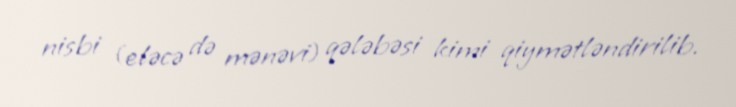
nisbi (eləcə də mənəvi) qələbəsi kimi qiymətləndirilib.